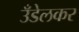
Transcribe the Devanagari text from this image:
उँडेलकर